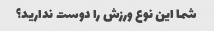
شما این نوع ورزش را دوست ندارید؟